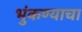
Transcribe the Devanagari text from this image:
भुंकण्याचा